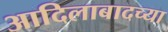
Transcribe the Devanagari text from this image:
आदिलाबादच्या